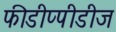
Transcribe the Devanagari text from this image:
फीडीप्पीडीज